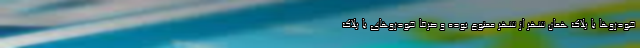
خودروها با پلاک همان شهر از شهر ممنوع بوده و صرفا خودروهای با پلاک